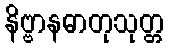
နိဗ္ဗာနဓာတုသုတ္တ